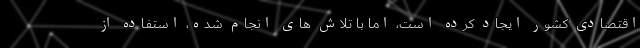
اقتصادی کشور ایجاد کرده است، اما با تلاش های انجام شده، استفاده از